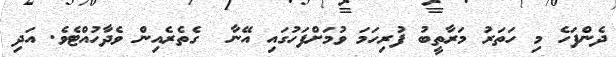
ދެންފަހެ މި ހަތަރު މަރާތީބު ފުރިހަމަ ވުމަށްފަހުގައި އޭނާ  ގެތެރެއިން ވެދާހުއްޓެވެ. އަދި